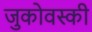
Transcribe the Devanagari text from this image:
जुकोवस्की